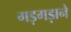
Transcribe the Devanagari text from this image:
गड़गड़ाने